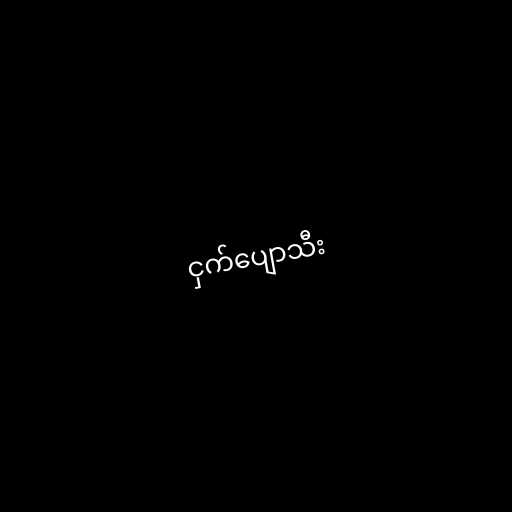
ငှက်ပျောသီး